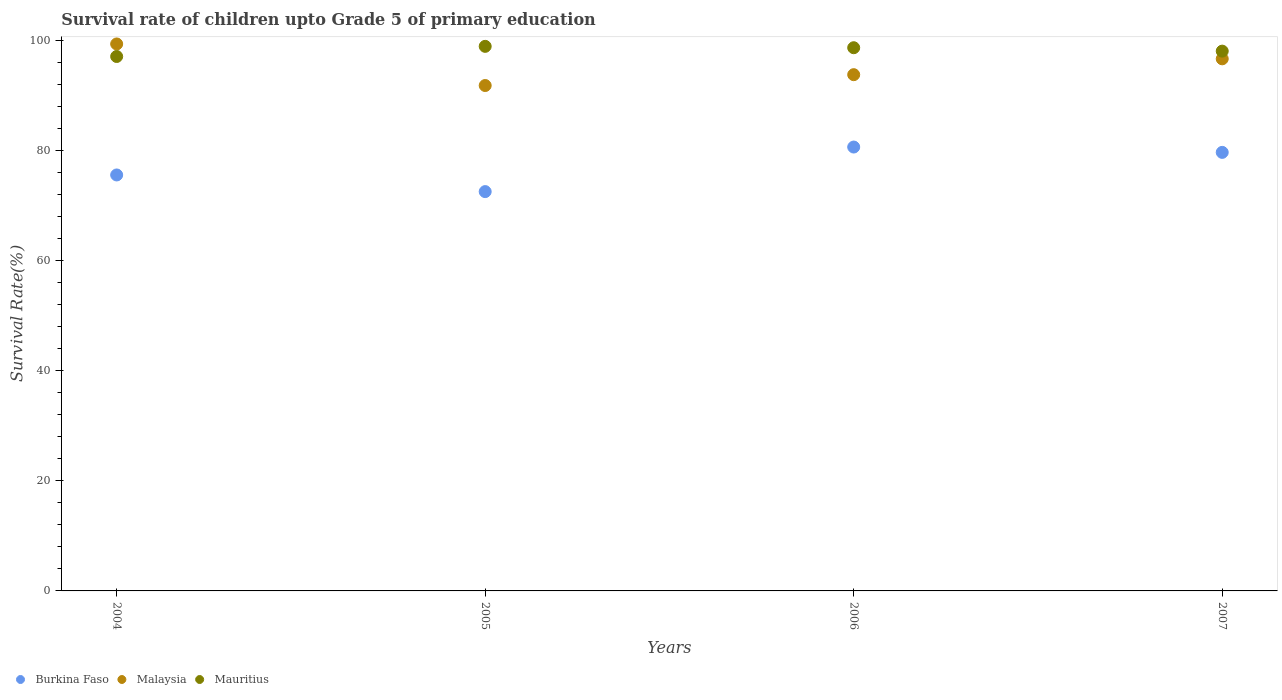
| Years | Burkina Faso | Malaysia | Mauritius |
 | --- | --- | --- | --- |
 | 2004 | 75.5 | 99.3 | 97 |
 | 2005 | 72.5 | 91.7 | 98.9 |
 | 2006 | 80.6 | 93.7 | 98.6 |
 | 2007 | 79.6 | 96.6 | 98 |